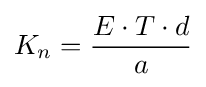
K_{n}={\frac {E\cdot T\cdot d}{a}}